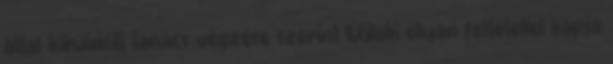
által kiküldött tanács végzése szerint Újlaki olyan feltétellel kapja